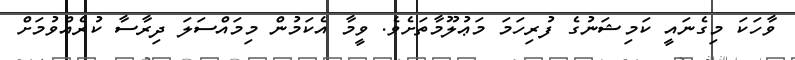
ވާހަކަ މިގެނައީ ކަމިޝަނުގެ ފުރިހަމަ މަޢުލޫމާތަށެވެ. ވީމާ އެކަމުން މިމައްސަލަ ދިރާސާ ކުރެއްވުމަށް